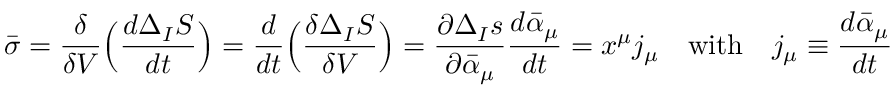
{ \bar { \sigma } } = \frac { \delta } { \delta V } \Bigl ( \frac { d \Delta _ { I } S } { d t } \Bigr ) = \frac { d } { d t } \Bigl ( \frac { \delta \Delta _ { I } S } { \delta V } \Bigr ) = \frac { \partial \Delta _ { I } s } { \partial { \bar { \alpha } } _ { \mu } } \frac { d { \bar { \alpha } } _ { \mu } } { d t } = x ^ { \mu } j _ { \mu } \quad \mathrm { w i t h } \quad j _ { \mu } \equiv \frac { d { \bar { \alpha } } _ { \mu } } { d t }